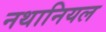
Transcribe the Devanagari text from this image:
नथानियल